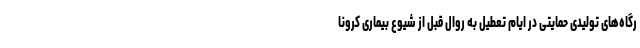
رگاه‌های تولیدی حمایتی در ایام تعطیل به روال قبل از شیوع بیماری کرونا